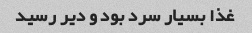
غذا بسیار سرد بود و دیر رسید